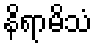
နိရာမိသံ